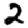
Digit: 2